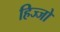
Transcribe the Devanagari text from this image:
हिज्जो